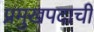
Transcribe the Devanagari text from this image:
प्रमुखपदाची